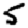
Digit: 5